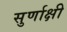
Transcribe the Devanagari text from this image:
सुर्णाक्षी